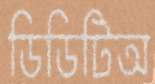
ডিডিটিঅ